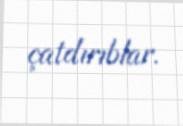
çatdırıblar.